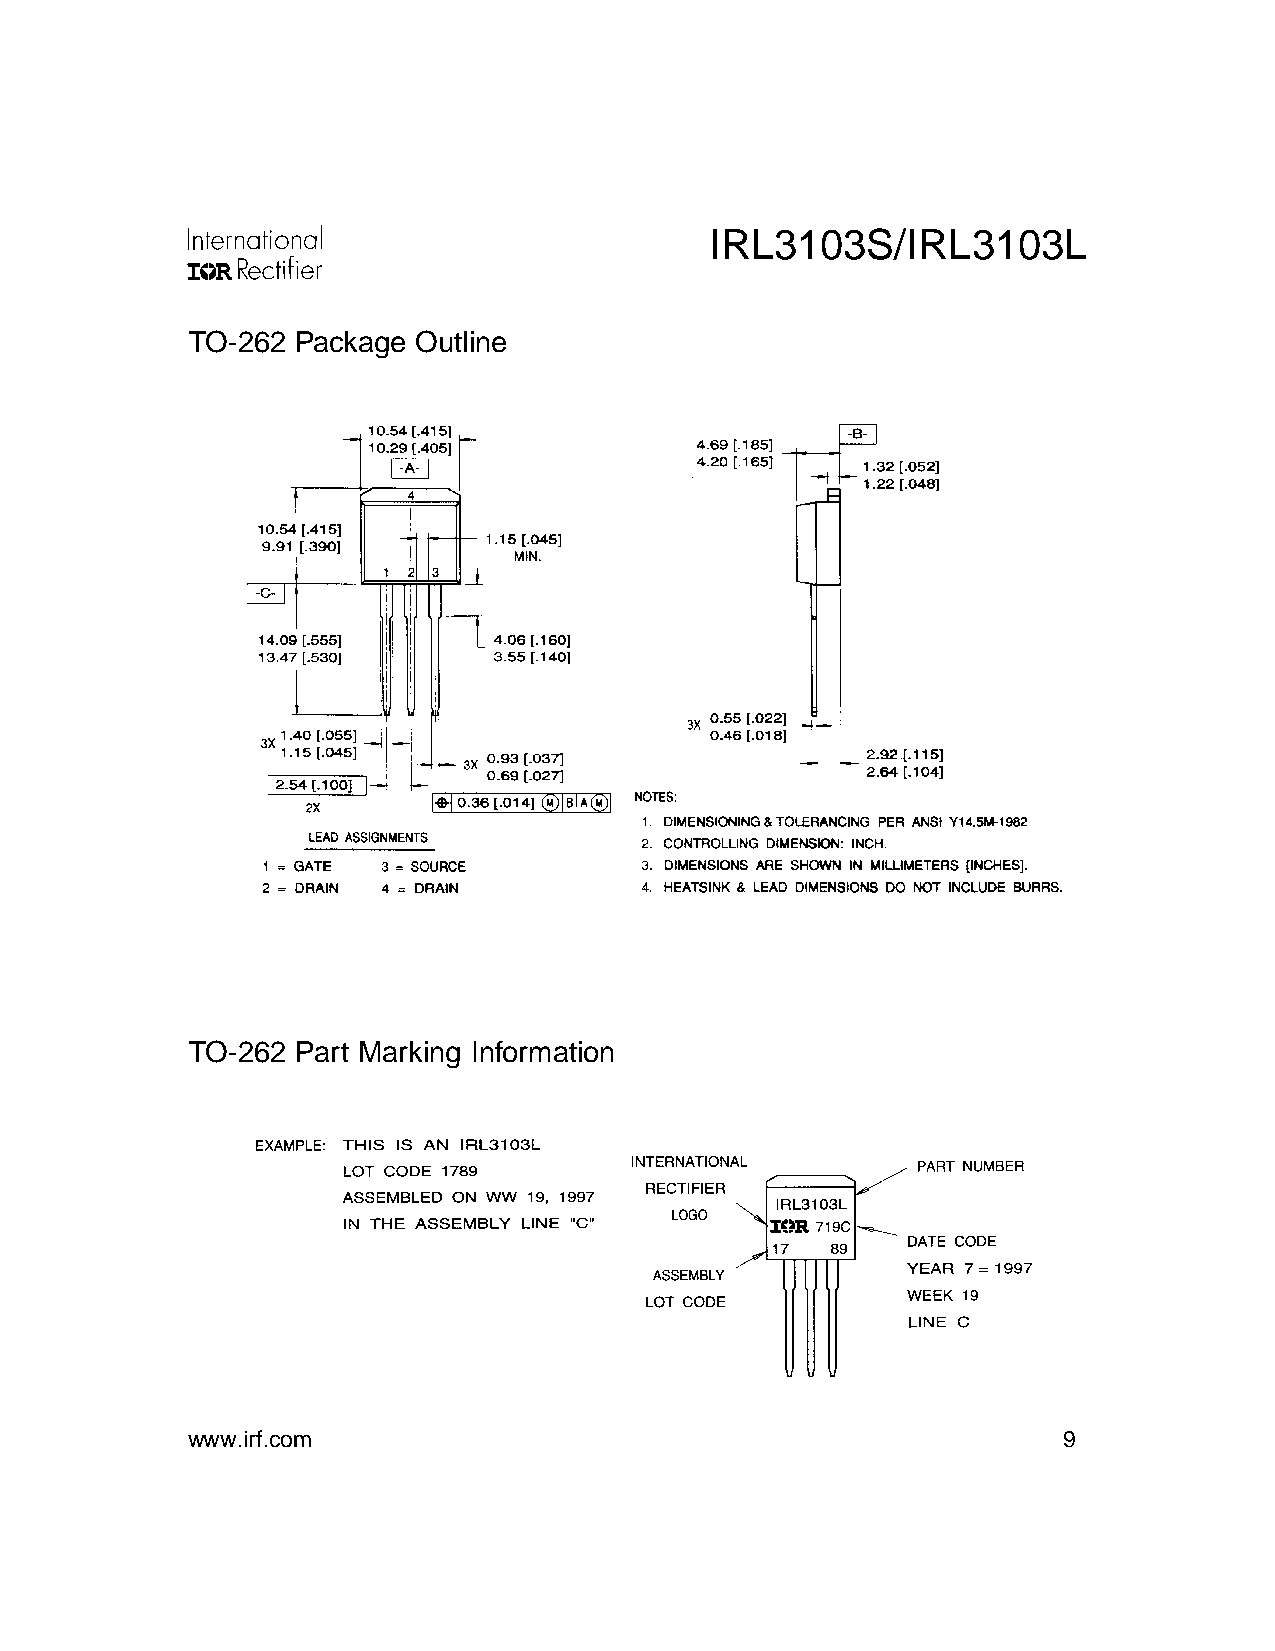
IRL3103S/IRL3103L
 TO-262 Package Outline
 TO-262 Part Marking Information
 www.irf.com                                               9